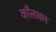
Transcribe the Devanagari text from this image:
कॉलबम